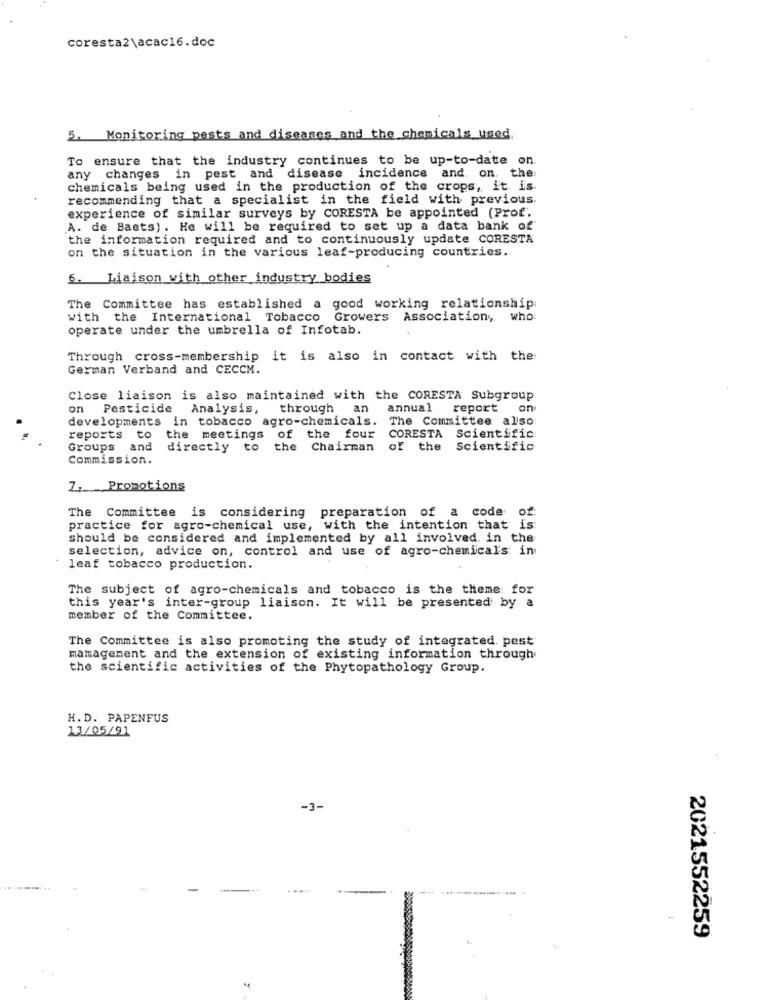
coresta2\acac16.doc
5. Monitoring pests and diseases and the chemicals used
To ensure that the industry continues to be up-to-date on.
any changes in pest and disease incidence and on. the
chemicals being used in the production of the crops, it is
recommending that a specialist in the field with previous.
experience of similar surveys by CORESTA be appointed (Prof.
A. de Baets). He will be required to set up a data bank of
the information required and to continuously update CORESTA
on the situation in the various leaf-producing countries.
6. Liaison with other industry bodies
The Committee has established a good working relationship:
with the International Tobacco Growers Association, who
operate under the umbrella of Infotab.
Through cross-membership it is also in contact with the:
German Verband and CECCM.
Close liaison is also maintained with the CORESTA Subgroup
on Pesticide Analysis, through
an
annual
report
on
developments in tobacco agro-chemicals. The Committee also
the meetings of the four CORESTA Scientific
reports
to
Groups
directly to the Chairman of the Scientific
Commission.
7. Promotions
The Committee is considering preparation of a code of:
practice for agro-chemical use, with the intention that is
should be considered and implemented by all involved. in the
selection, advice on, control and use of agro-chemical's in
leaf tobacco production.
The subject of agro-chemicals and tobacco is the theme for
this year's inter-group liaison. It will be presented by a
member of the Committee.
The Committee is also promoting the study of integrated. pest
management and the extension of existing information through
the scientific activities of the Phytopathology Group.
H. D. PAPENFUS
13/05/91
-3-
...
2021552259